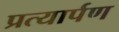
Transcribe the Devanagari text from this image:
प्रत्‍यार्पण